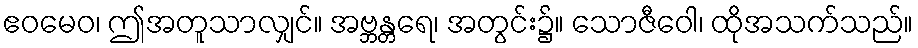
ဧဝမေဝ၊ ဤအတူသာလျှင်။ အဗ္ဘန္တရေ၊ အတွင်း၌။ သောဇီဝေါ၊ ထိုအသက်သည်။